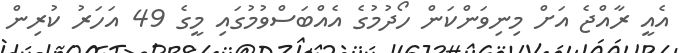
އެއީ ރާއްޖެ އަށް މިނިވަންކަން ހޯދުމުގެ އެއްބަސްވުމުގައި މީގެ 49 އަހަރު ކުރިން